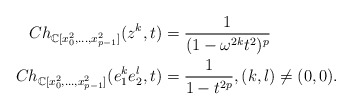
\begin{align*}Ch_{\mathbb{C}[x_0^2,\ldots,x_{p-1}^2]}(z^k,t)&=\frac{1}{(1-\omega^{2k} t^2)^p}\\Ch_{\mathbb{C}[x_0^2,\ldots,x_{p-1}^2]}(e_1^ke_2^l,t)&=\frac{1}{1-t^{2p}}, (k,l)\neq (0,0).\end{align*}